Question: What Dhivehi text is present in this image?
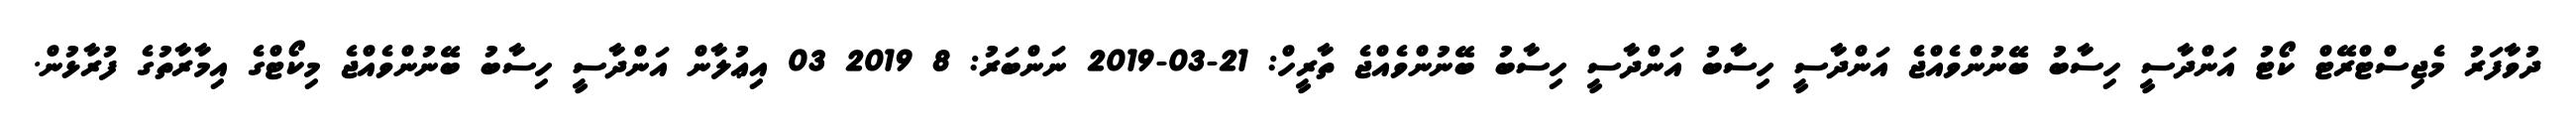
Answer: ދުވާފަރު މެޖިސްޓްރޭޓް ކޯޓު އަންދާސީ ހިސާބު ބޭނުންވެއްޖެ އަންދާސީ ހިސާބު އަންދާސީ ހިސާބު ބޭނުންވެއްޖެ ތާރީހް: 21-03-2019 ނަންބަރު: 8 2019 03 އިޢުލާން އަންދާސީ ހިސާބު ބޭނުންވެއްޖެ މިކޯޓްގެ އިމާރާތުގެ ފުރާޅުން.